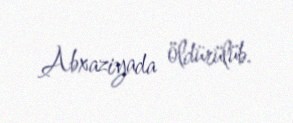
Abxaziyada öldürülüb.